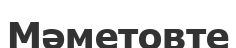
Мәметовте